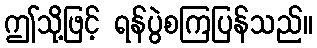
ဤသို့ဖြင့် ရန်ပွဲစကြပြန်သည်။